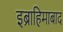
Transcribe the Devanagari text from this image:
इब्राहिमाबाद